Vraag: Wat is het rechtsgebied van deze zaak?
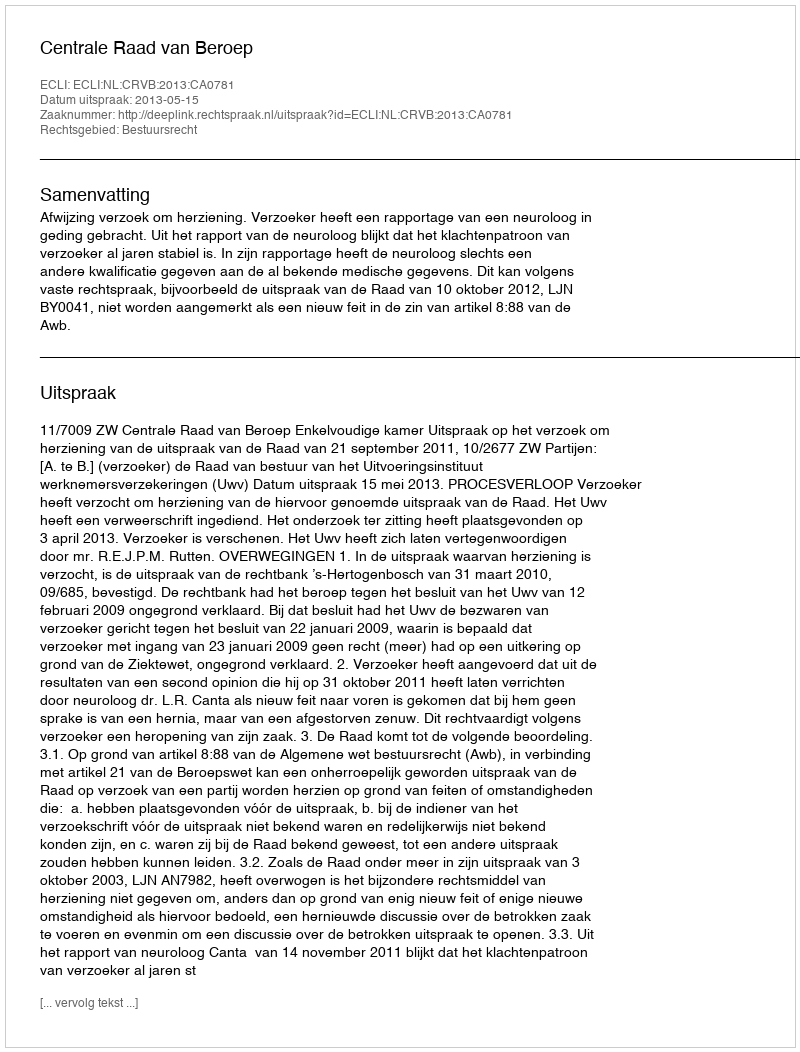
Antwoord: Bestuursrecht